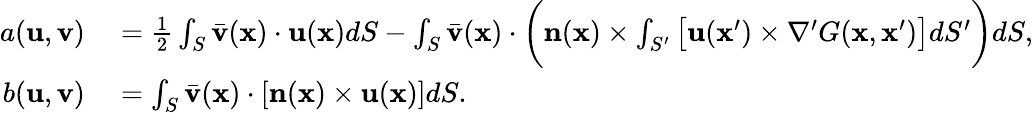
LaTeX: \begin{array}{rl}{a(\mathbf{u},\mathbf{v})}&{{}{}=\frac{1}{2}\int_{S}\bar{\mathbf{v}}(\mathbf{x})\cdot\mathbf{u}(\mathbf{x})dS-\int_{S}\bar{\mathbf{v}}(\mathbf{x})\cdot\bigg(\mathbf{n}(\mathbf{x})\times\int_{S^{\prime}}\big[\mathbf{u}(\mathbf{x}^{\prime})\times\nabla^{\prime}G(\mathbf{x},\mathbf{x}^{\prime})\big]dS^{\prime}\bigg)dS,}\\ {b(\mathbf{u},\mathbf{v})}&{{}{}=\int_{S}\bar{\mathbf{v}}(\mathbf{x})\cdot[\mathbf{n}(\mathbf{x})\times\mathbf{u}(\mathbf{x})]dS.}\end{array}